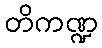
တိကဏ္ဍ